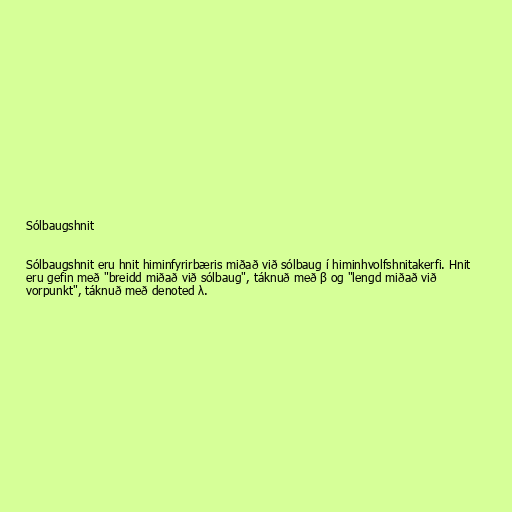
Sólbaugshnit

Sólbaugshnit eru hnit himinfyrirbæris miðað við sólbaug í himinhvolfshnitakerfi. Hnit
eru gefin með "breidd miðað við sólbaug", táknuð með β og "lengd miðað við
vorpunkt", táknuð með denoted λ.